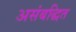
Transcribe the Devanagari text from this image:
असंबद्धित